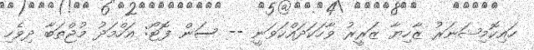
ހައިކޮމިޝަނަރު ޒާހިޔާ ޒަރީރު ވާހަކަދައްކަވަނީ -- ސަން ފޮޓޯ: އަހްމަދު މުޖްތަބާ ދިވެހި